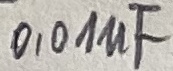
Text: 0,01µF